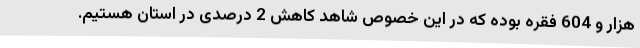
هزار و 604 فقره بوده که در این خصوص شاهد کاهش 2 درصدی در استان هستیم.